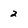
Character: 2